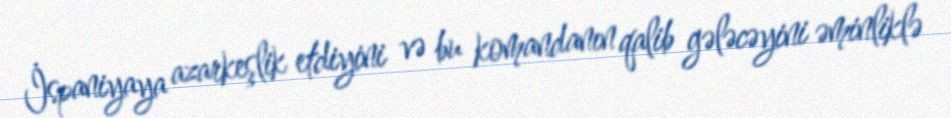
İspaniyaya azarkeşlik etdiyini və bu komandanın qalib gələcəyini əminliklə